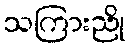
သကြားညို